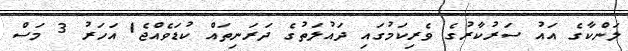
ލަންކާގެ އައު ސަރުކާރުގެ ވެރިކަމުގައި ދައުލަތުގެ ދަރަނިތައް ކުޑަވެއްޖެ1 އަހަރު 3 މަސް